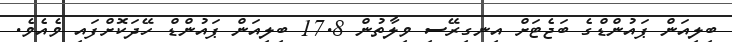
ބިލިއަން ޕައުންޑްގެ ބަޖެޓަށް އިނގިރޭސި ވިލާތުން 17.8 ބިލިއަން ޕައުންޑް ހޭދަކޮށްފައި ވެއެވެ.